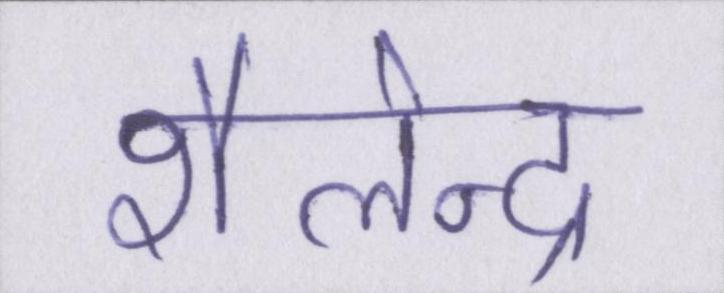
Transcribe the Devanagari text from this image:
शैलेन्द्र